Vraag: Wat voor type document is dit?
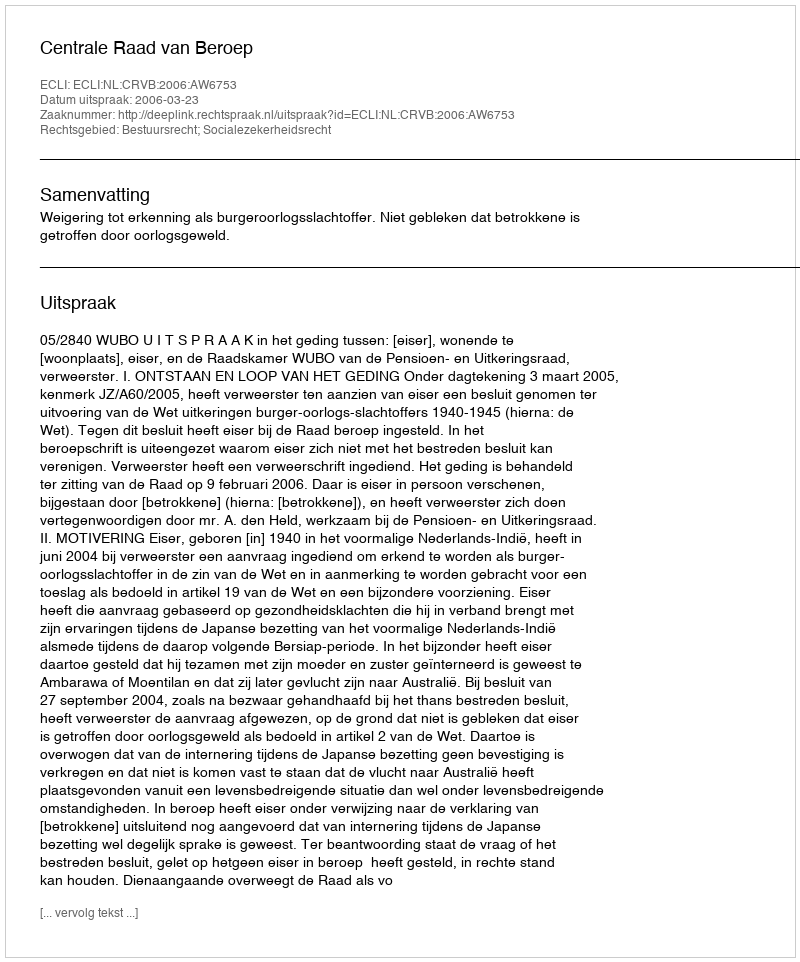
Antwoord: Uitspraak